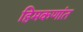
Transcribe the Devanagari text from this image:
हिमकणांत